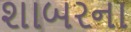
શાબરના